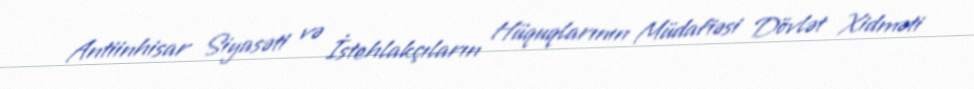
Antiinhisar Siyasəti və İstehlakçıların Hüquqlarının Müdafiəsi Dövlət Xidməti